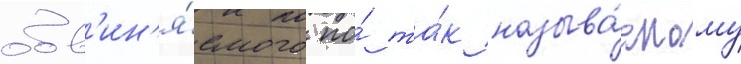
обв'ин'я́емого по́ та́к называ́емому